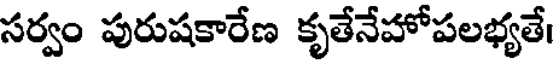
సర్వం పురుషకారేణ కృతేనేహోపలభ్యతే।